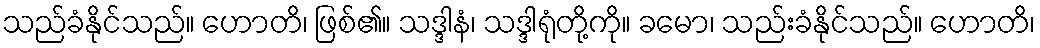
သည်ခံနိုင်သည်။ ဟောတိ၊ ဖြစ်၏။ သဒ္ဒါနံ၊ သဒ္ဒါရုံတို့ကို။ ခမော၊ သည်းခံနိုင်သည်။ ဟောတိ၊